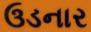
ઉડનાર